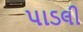
પાડલી